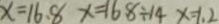
x = 1 6 . 8 x = 1 6 . 8 \div 1 4 x = 1 . 2